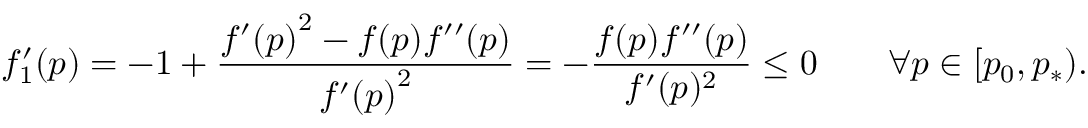
f _ { 1 } ^ { \prime } ( p ) = - 1 + \frac { { f ^ { \prime } ( p ) } ^ { 2 } - f ( p ) f ^ { \prime \prime } ( p ) } { { f ^ { \prime } ( p ) } ^ { 2 } } = - \frac { f ( p ) f ^ { \prime \prime } ( p ) } { f ^ { \prime } ( p ) ^ { 2 } } \leq 0 \qquad \forall p \in [ p _ { 0 } , p _ { * } ) .